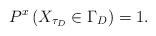
LaTeX: \begin{align*}P^x\left(X_{\tau_D}\in\Gamma_D\right)=1.\end{align*}